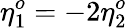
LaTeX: \eta_{1}^{o}=-2\eta_{2}^{o}